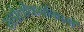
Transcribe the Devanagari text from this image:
सडोलीकरांविषयी